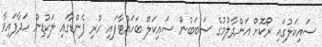
ސައިކަލުގައި ރޯކޮށް އަންދާލުމުގެ ސަބަބުން ސައިކަލް ބަހައްޓާފައި ހުރި ފެންޑާގައި ލަކުޑިން ހަދާފައިވާ